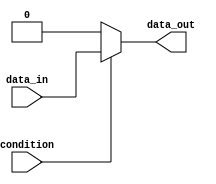
module conditional_behavioral_model (
    input wire condition,
    input wire data_in,
    output reg data_out
);

// Defining an initial block to specify the behavior based on conditions
initial begin
    if (condition == 1'b1) begin
        // If condition is true, assign data_in to data_out
        data_out <= data_in;
    end else begin
        // If condition is false, assign default value to data_out
        data_out <= 8'b00000000;
    end
end

endmodule